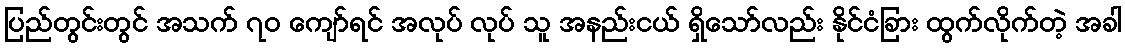
ပြည်တွင်းတွင် အသက် ၇၀ ကျော်ရင် အလုပ် လုပ် သူ အနည်းငယ် ရှိသော်လည်း နိုင်ငံခြား ထွက်လိုက်တဲ့ အခါ